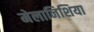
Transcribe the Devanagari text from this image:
मेलानिशिया